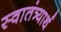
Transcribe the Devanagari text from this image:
स्वातंत्र्यार्थ